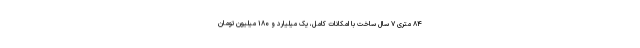
۸۴ متری ۷ سال ساخت با امکانات کامل، یک میلیارد و ۱۸۰ میلیون تومان